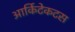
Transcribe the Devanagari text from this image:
आर्किटेकटस